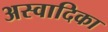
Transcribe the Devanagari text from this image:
अस्वादिका